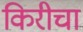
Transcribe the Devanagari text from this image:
किरीचा